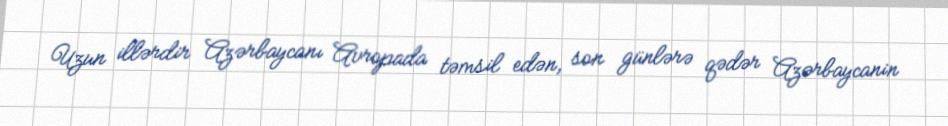
Uzun illərdir Azərbaycanı Avropada təmsil edən, son günlərə qədər Azərbaycanin